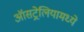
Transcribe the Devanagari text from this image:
ऑसट्रेलियामध्ये